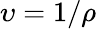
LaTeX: \upsilon=1/\rho